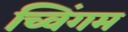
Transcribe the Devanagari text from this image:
च्विंगम